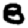
Digit: 8